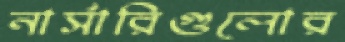
নার্সারিগুলোর